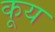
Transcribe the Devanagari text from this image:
कूय